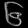
Digit: ၆